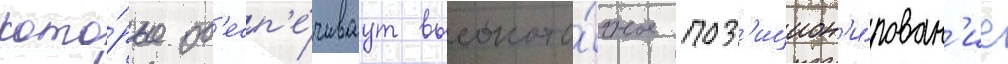
кото́рые об'есп'е́чиваут высокото́чное поз'ицион'и́рован'ие